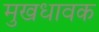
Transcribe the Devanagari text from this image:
मुखधावक